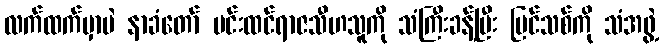
လက်ထက်မှာပဲ နာခံတော် မင်းထင်ရာဇသီဟသူကို သံကြီးခန့်ပြီး ပြင်သစ်ကို သံအဖွဲ့